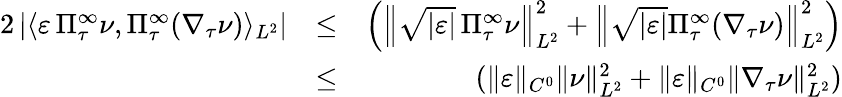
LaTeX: \begin{array}{rlr}{2\left|\langle\varepsilon\, \Pi_{\tau}^{\infty}\nu,\Pi_{\tau}^{\infty}(\nabla_{\tau}\nu)\rangle_{L^{2}}\right|}&{\leq}&{\left(\left\| \sqrt{|\varepsilon|}\, \Pi_{\tau}^{\infty}\nu\right\| _{L^{2}}^{2}+\left\| \sqrt{|\varepsilon|}\Pi_{\tau}^{\infty}(\nabla_{\tau}\nu)\right\| _{L^{2}}^{2}\right)}\\ &{\leq}&{(\| \varepsilon\| _{C^{0}}\| \nu\| _{L^{2}}^{2}+\| \varepsilon\| _{C^{0}}\| \nabla_{\tau}\nu\| _{L^{2}}^{2})}\end{array}